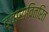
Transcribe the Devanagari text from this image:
द्वारावितरित